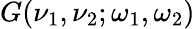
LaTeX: G(\nu_{1},\nu_{2};\omega_{1},\omega_{2})